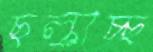
ছল্‌কাচ্ছ